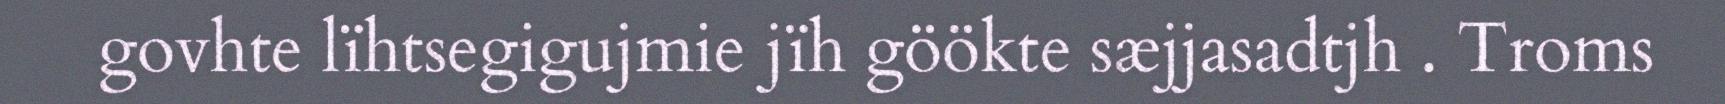
govhte lïhtsegigujmie jïh göökte sæjjasadtjh . Troms